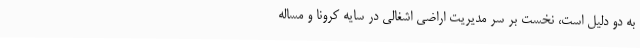
به دو دلیل است، نخست بر سر مدیریت اراضی اشغالی در سایه کرونا و مساله